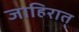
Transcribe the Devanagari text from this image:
जाहिरात्